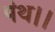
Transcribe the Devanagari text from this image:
पंथ।।